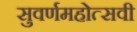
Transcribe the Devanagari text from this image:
सुवर्णमहोत्‍सवी